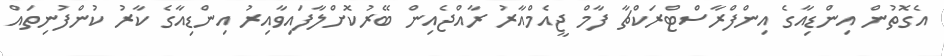
އެގޮތުން އިންޑިއާގެ އިންފްރާސްޓްރަކްޗާ ފާމް ޖީއެމްއާރު ރާއްޖެއިން ބޭރުކޮށްލާފައިވާއިރު އިންޑިއާގެ ކާރު ކުންފުނިތައް